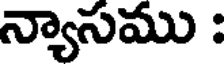
న్యాసము :